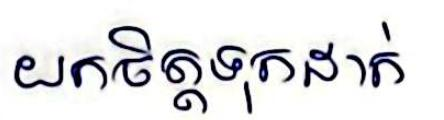
យកចិត្តទុកដាក់